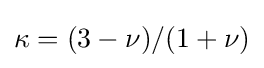
\kappa =(3-\nu )/(1+\nu )